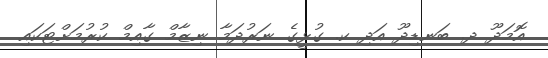
އޮމަދޫ ދ. ބަނޑިދޫ އަދި ކ. ގުޅީގެ ނަރުދަމާ ނިޒާމް ގާއިމް ކުރުމަށްޓަކައި